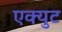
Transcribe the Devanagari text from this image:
एक्युट